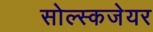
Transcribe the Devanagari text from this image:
सोल्स्कजेयर